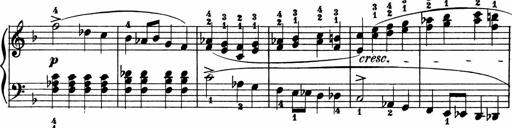
Title: 2 instructive Sonatinen
Composer: Paul Schumacher